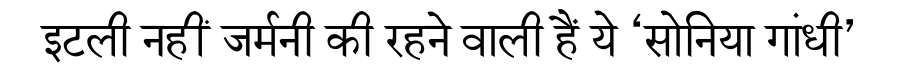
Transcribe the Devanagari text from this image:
इटली नहीं जर्मनी की रहने वाली हैं ये ‘सोनिया गांधी’